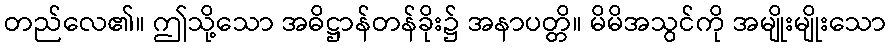
တည်လေ၏။ ဤသို့သော အဓိဋ္ဌာန်တန်ခိုး၌ အနာပတ္တိ။ မိမိအသွင်ကို အမျိုးမျိုးသော